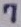
Text: 7